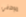
موظفي